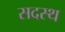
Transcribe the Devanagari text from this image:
सदस्थ